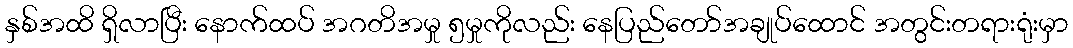
နှစ်အထိ ရှိလာပြီး နောက်ထပ် အဂတိအမှု ၅မှုကိုလည်း နေပြည်တော်အချုပ်ထောင် အတွင်းတရားရုံးမှာ